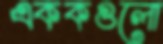
এককগুলো